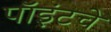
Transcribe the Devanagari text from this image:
पॉइंटचे